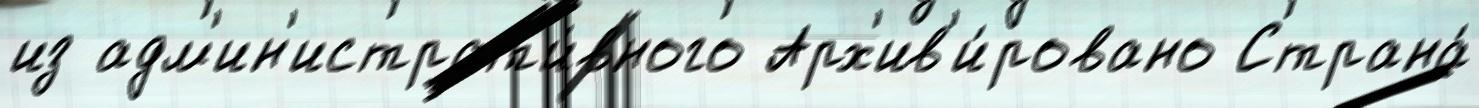
из адм'ин'истрат'и́вного Арх'ив'и́ровано Страна́